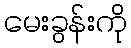
မေးခွန်းကို